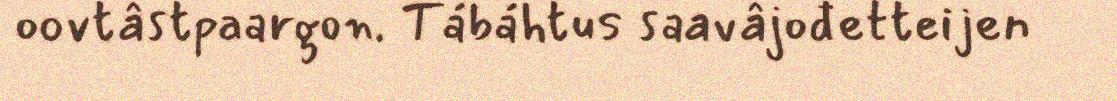
oovtâstpaargon. Tábáhtus saavâjođetteijen